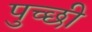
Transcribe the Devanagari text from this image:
पुच्छी